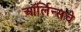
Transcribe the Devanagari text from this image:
ऑर्लिन्सचे